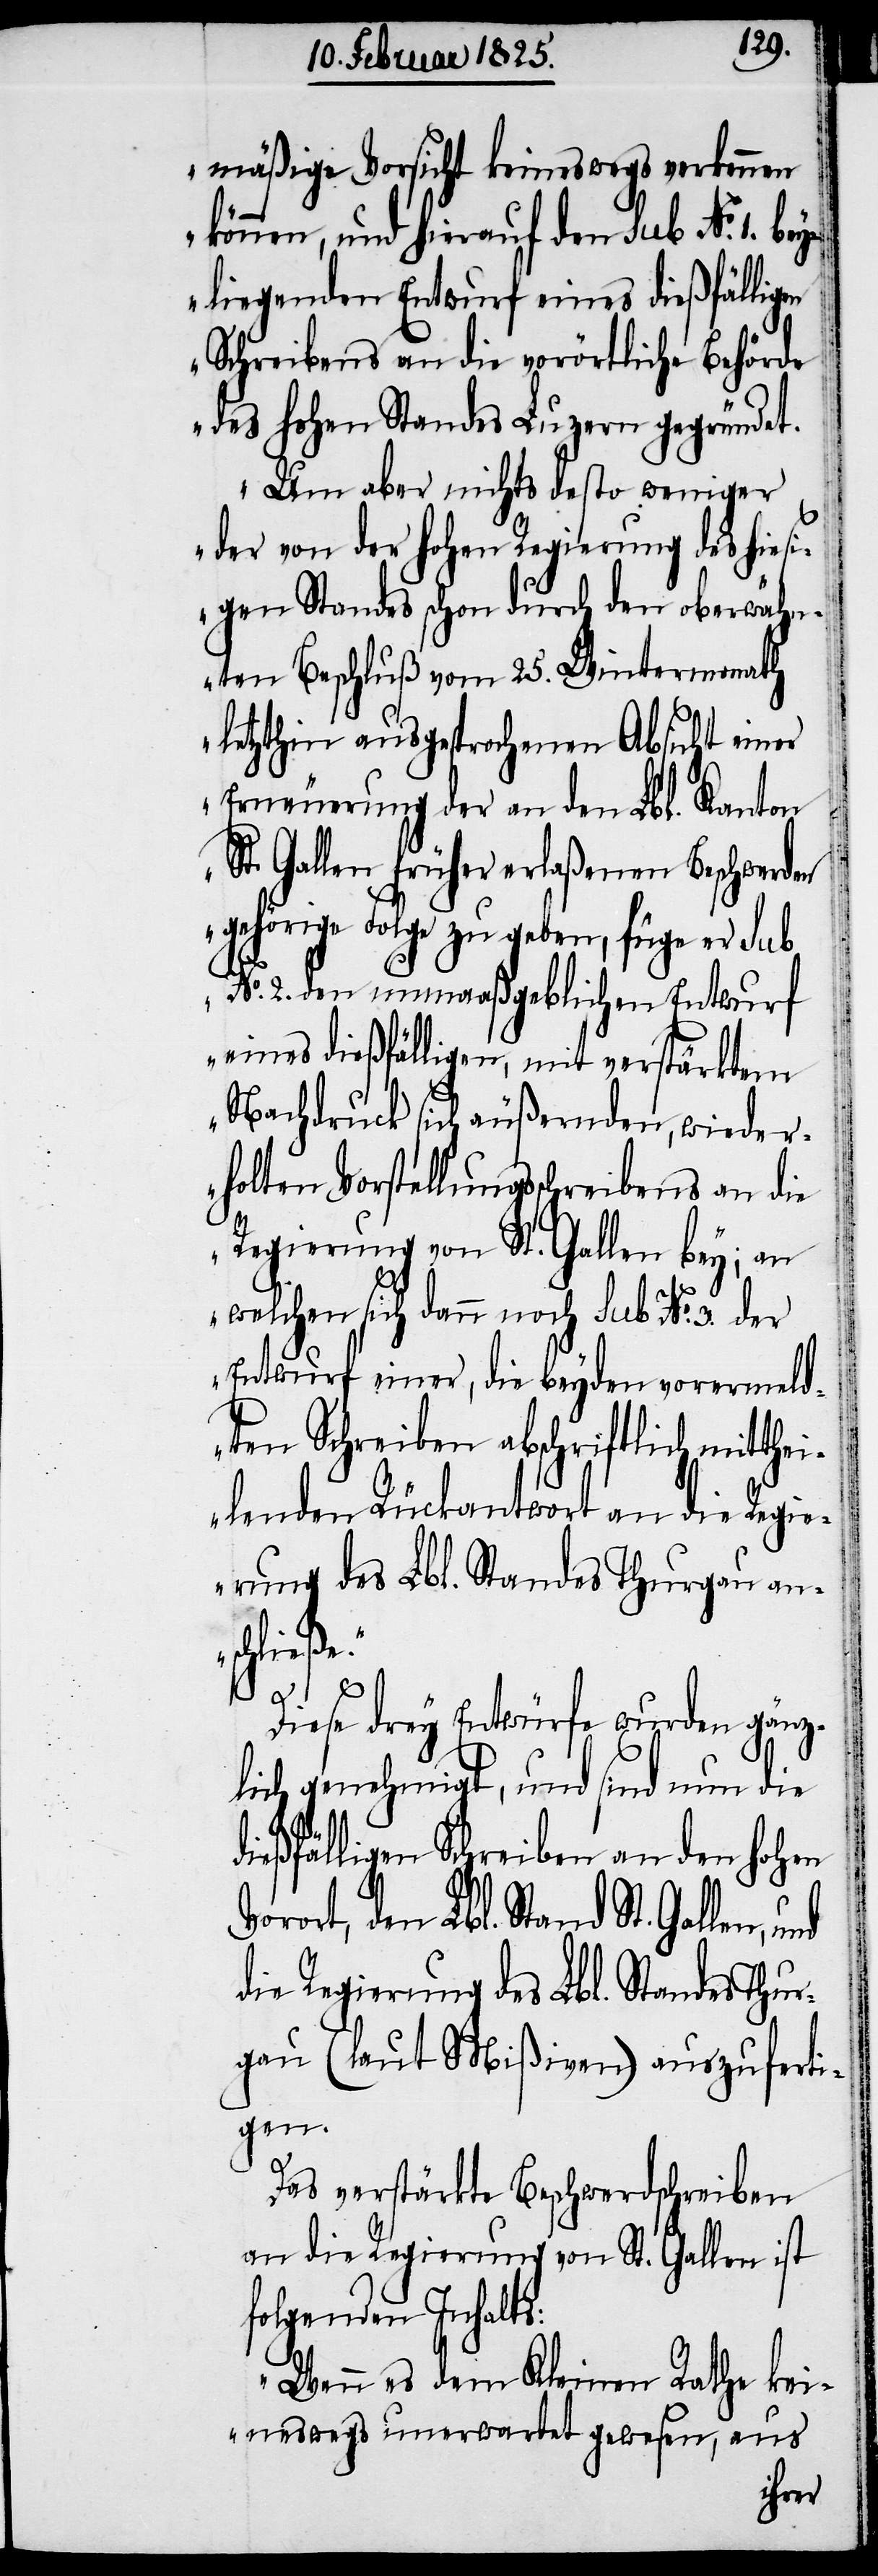
mäßige Vorsicht keineswegs erkennen
können, und hierauf den sub No. 1. bey¬
liegenden Entwurf eines dießfälligen
Schreibens an die vorörtliche Behörde
des hohen Standes Luzern gegründet.
Um aber nichts desto weniger
der von der hohen Regierung des hies¬
igen Standes schon durch den oberwähn¬
ten Beschluß vom 25. Wintermonath
letzthin ausgesprochenen Absicht einer
Erneuerung der an den Lbl. Kanton
St. Gallen früher erlaßenen Beschwerden
gehörige Folge zu geben, füge er sub
No. 2. den unmaaßgeblichen Entwurf
eines dießfälligen, mit verstärktem
Nachdruck sich äußernden, wieder¬
holten Vorstellungsschreibens an die
Regierung von St. Gallen bey; an
welchen sich dann noch sub No. 3. der
Entwurf einer, die beyden vorermeld¬
ten Schreiben abschriftlich mitth¬
eilenden Rückantwort an die Regi¬
erung des Lbl. Standes Thurgau an¬
schließe.“
Diese drey Entwürfe wurden gänz¬
lich genehmigt, und sind nun die
dießfälligen Schreiben an den hohen
Vorort, dem Lbl. Stand St. Gallen,
die Regierung des Lbl. Standes Thur¬
gau (laut Mißiven) auszuferti¬
gen.
Das verstärkte Beschwerdschreiben
an die Regierung von St. Gallen ist
folgenden Inhalts:
„Wenn es dem Kleinen Rathe kei¬
neswegs unerwartet gewesen, aus